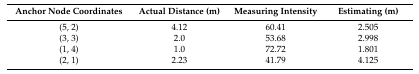
| Anchor Node Coordinates | Actual Distance (m) | Measuring Intensity | Estimating (m) |
 | --- | --- | --- | --- |
 | (5, 2) | 4.12 | 60.41 | 2.505 |
 | (3, 3) | 2.0 | 53.68 | 2.998 |
 | (1, 4) | 1.0 | 72.72 | 1.801 |
 | (2, 1) | 2.23 | 41.79 | 4.125 |